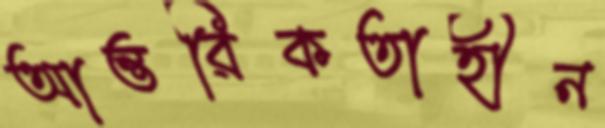
আন্তরিকতাহীন